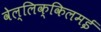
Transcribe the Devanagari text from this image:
वेल्लिक्किलमई